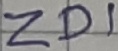
Text: ZD1